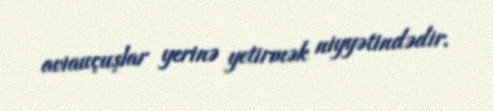
aviauçuşlar yerinə yetirmək niyyətindədir.